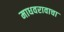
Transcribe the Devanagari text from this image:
माधवरावाचा